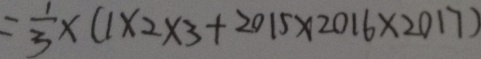
= \frac { 1 } { 3 } \times ( 1 \times 2 \times 3 + 2 0 1 5 \times 2 0 1 6 \times 2 0 1 7 )